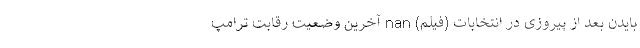
بایدن بعد از پیروزی در انتخابات (فیلم) nan آخرین وضعیت رقابت ترامپ